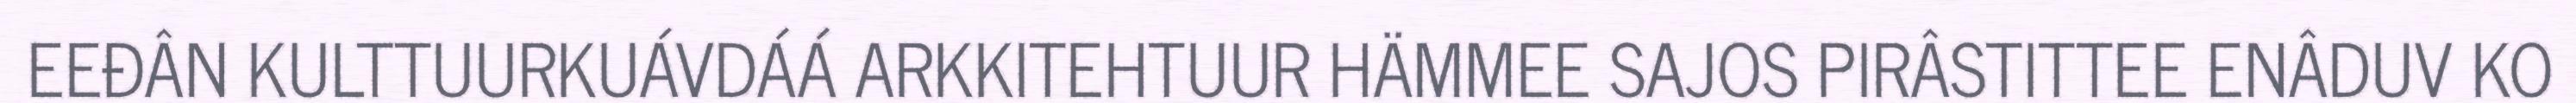
EEĐÂN KULTTUURKUÁVDÁÁ ARKKITEHTUUR HÄMMEE SAJOS PIRÂSTITTEE ENÂDUV KO